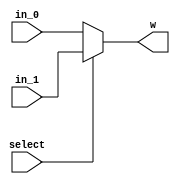
// Spring 2017, Computer Architecture

module reg_mux (select , in_0 , in_1 , w);
	input select ;
	input [2:0] in_0 , in_1 ;
	output [2:0] w ;
	assign w = (select) ? in_1 : in_0 ;
endmodule